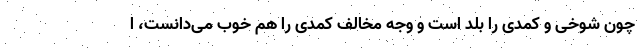
چون شوخی و کمدی را بلد است و وجه مخالف کمدی را هم خوب می‌دانست، ا